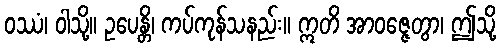
ဝဿံ၊ ဝါသို့။ ဥပေန္တိ၊ ကပ်ကုန်သနည်း။ ဣတိ အာဝဇ္ဇေတွာ၊ ဤသို့